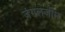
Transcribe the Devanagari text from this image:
जंगलजीम